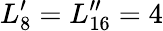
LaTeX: L_{8}^{\prime}=L_{16}^{\prime\prime}=4